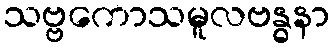
သဗ္ဗကောသမူလဗန္ဓနာ